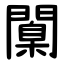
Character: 闑